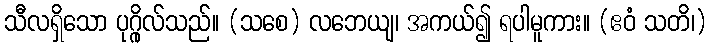
သီလရှိသော ပုဂ္ဂိုလ်သည်။ (သစေ) လဘေယျ၊ အကယ်၍ ရပါမူကား။ (ဧဝံ သတိ၊)